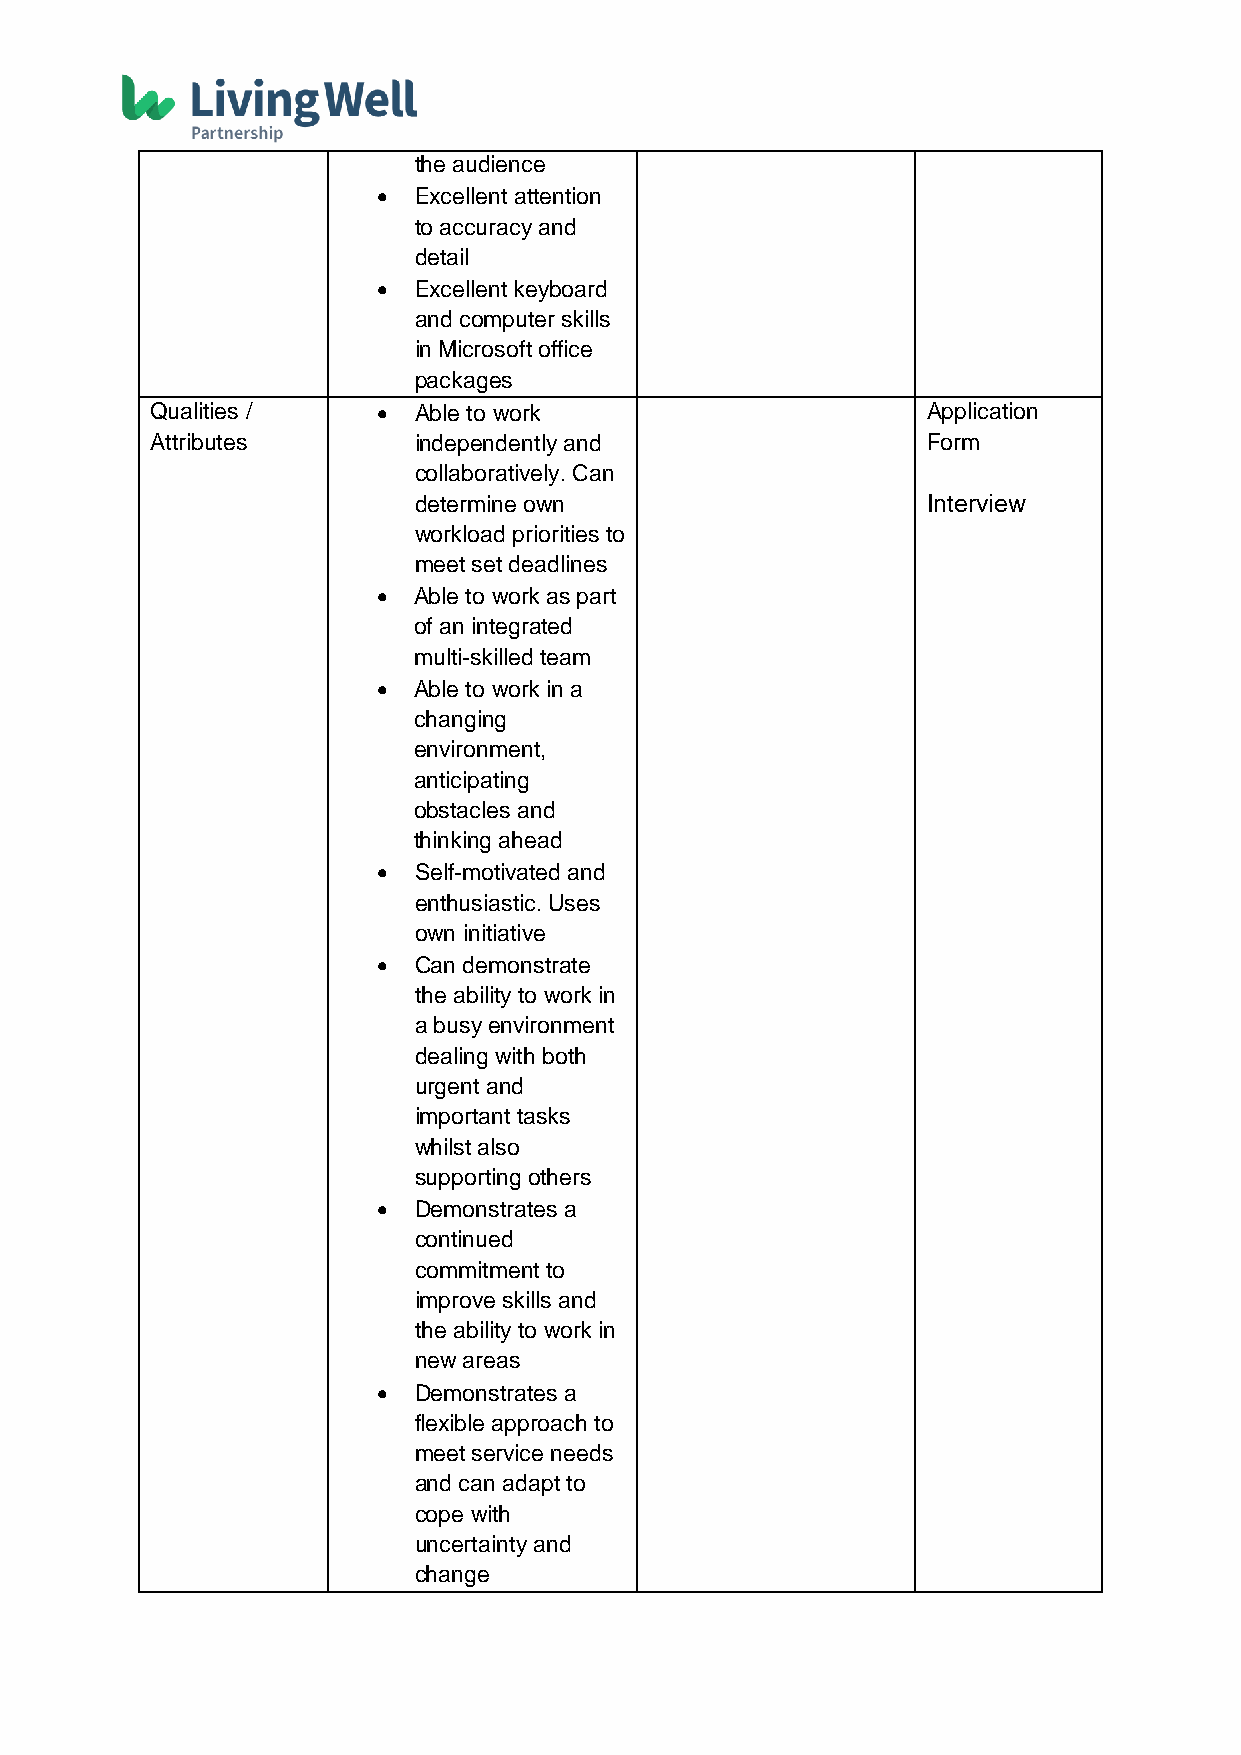
the audience
  Excellent attention
 to accuracy and
 detail
  Excellent keyboard
 and computer skills
 in Microsoft office
 packages
 Qualities /     Able to work                      Application
 Attributes       independently and                 Form
 collaboratively. Can
 determine own                     Interview
 workload priorities to
 meet set deadlines
  Able to work as part
 of an integrated
 multi-skilled team
  Able to work in a
 changing
 environment,
 anticipating
 obstacles and
 thinking ahead
  Self-motivated and
 enthusiastic. Uses
 own initiative
  Can demonstrate
 the ability to work in
 a busy environment
 dealing with both
 urgent and
 important tasks
 whilst also
 supporting others
  Demonstrates a
 continued
 commitment to
 improve skills and
 the ability to work in
 new areas
  Demonstrates a
 flexible approach to
 meet service needs
 and can adapt to
 cope with
 uncertainty and
 change